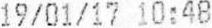
19/01/17 10:48